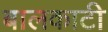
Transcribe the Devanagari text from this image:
बालकाटी